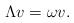
LaTeX: \begin{align*}\Lambda v = \omega v.\end{align*}